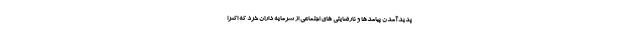
پدیدآمدن پیامدها و نارضایتی های اجتماعی از سرمایه داران خرد که اکثراً